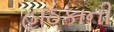
હાઠકાની